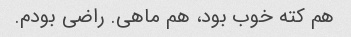
هم کته خوب بود، هم ماهی. راضی بودم.